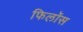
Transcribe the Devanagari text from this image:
फिलॉस